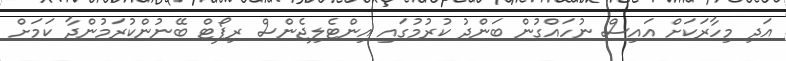
އަދި މިހާރަކަށް އައިސް ނުހައްގުން ބަންދު ކުރުމުގައި އިންޓެލިޖެންސް ރިޕޯޓް ބޭނުންކުރަމުންދާ ކަމަށް